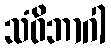
သံဝိဘာဂါ